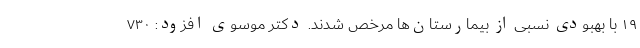
۱۹ با بهبودی نسبی از بیمارستان‌ها مرخص شدند. دکتر موسوی افزود: ۷۳۰